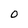
Character: O